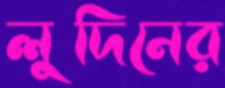
লুদিনের